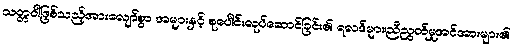
သတ္တဝါဖြစ်သည့်အားလျော်စွာ အများနှင့် စုပေါင်းလုပ်ဆောင်ခြင်း၏ ရလဒ်များ၊ညီညွတ်မှုအင်အားများ၏